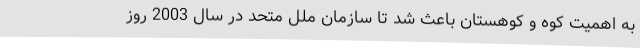
به اهمیت کوه و کوهستان باعث شد تا سازمان ملل متحد در سال 2003 روز